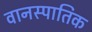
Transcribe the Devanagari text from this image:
वानस्पातिक